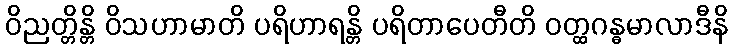
ဝိညတ္တိန္တိ ဝိသဟာမာတိ ပရိဟာရန္တိ ပရိတာပေတီတိ ဝတ္ထဂန္ဓမာလာဒီနိ